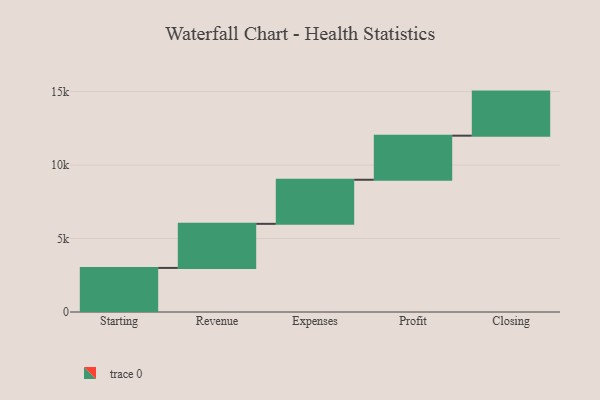
{"axis": {"x": "Step", "y": "Value"}, "legend": [""], "data": [{"x": "Starting", "y": 3000, "type": ""}, {"x": "Revenue", "y": 3000, "type": ""}, {"x": "Expenses", "y": 3000, "type": ""}, {"x": "Profit", "y": 3000, "type": ""}, {"x": "Closing", "y": 3000, "type": ""}]}